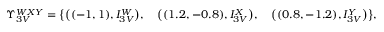
\Upsilon _ { 3 V } ^ { W X Y } = \big \{ \big ( ( - 1 , 1 ) , I _ { 3 V } ^ { W } \big ) , \quad \big ( ( 1 . 2 , - 0 . 8 ) , I _ { 3 V } ^ { X } \big ) , \quad \big ( ( 0 . 8 , - 1 . 2 ) , I _ { 3 V } ^ { Y } \big ) \big \} ,